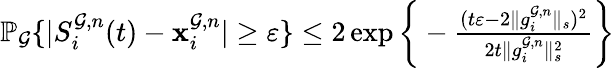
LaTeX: \begin{array}{r}{\mathbb{P}_{\mathcal{G}}\{ |S_{i}^{\mathcal{G},n}(t)-\mathbf{x}_{i}^{\mathcal{G},n}|\ge\varepsilon\} \le 2\exp\bigg\{ -\frac{(t\varepsilon-2\| g_{i}^{\mathcal{G},n}\| _{s})^{2}}{2t\| g_{i}^{\mathcal{G},n}\| _{s}^{2}}\bigg\} }\end{array}